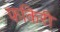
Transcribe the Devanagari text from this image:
फकिरी